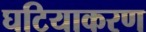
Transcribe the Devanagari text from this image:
घटियाकरण